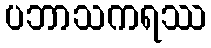
ပဘာသကရဿ